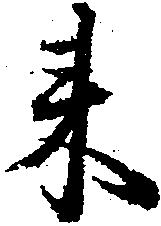
来